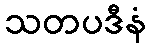
သတပဒီနံ